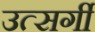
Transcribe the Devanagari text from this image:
उत्सर्गीं